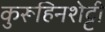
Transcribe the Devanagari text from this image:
कुरूहिनशेट्टी